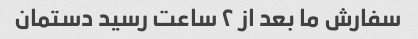
سفارش ما بعد از ۲ ساعت رسید دستمان